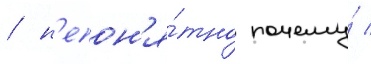
/ н'епон'я́тно почему́ /